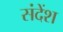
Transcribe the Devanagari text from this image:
संदेंश